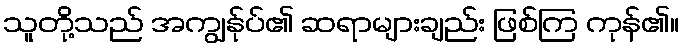
သူတို့သည် အကျွန်ုပ်၏ ဆရာများချည်း ဖြစ်ကြ ကုန်၏။